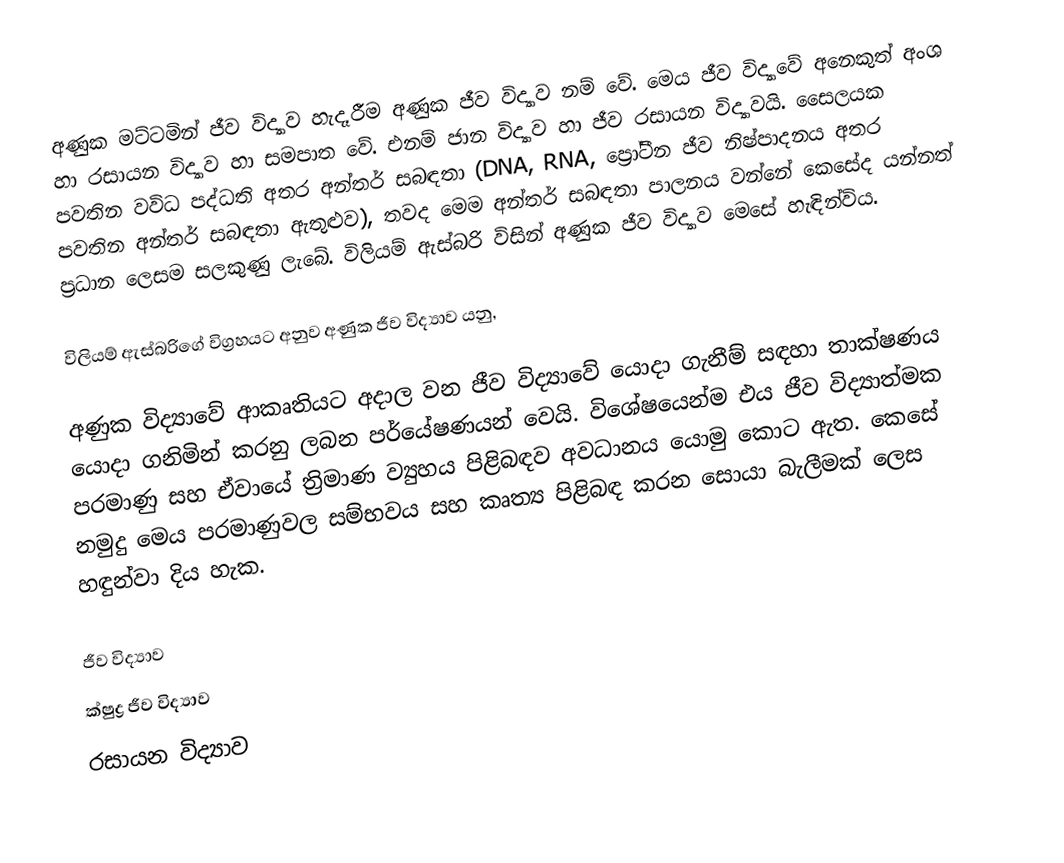
අණුක මට්ටමින් ජීව විද්‍යාව හැදෑරීම අණුක ජීව විද්‍යාව නම් වේ. මෙය ජීව විද්‍යාවේ අනෙකුත් අංශ හා රසායන විද්‍යාව හා සමපාත වේ. එනම් ජාන විද්‍යාව හා ජීව රසායන විද්‍යාවයි. සෛලයක පවතින වවිධ පද්ධති අතර අන්තර් සබඳතා (DNA, RNA, ප්‍රෝටීන ජීව නිෂ්පාදනය අතර පවතින අන්තර් සබඳතා ඇතුළුව), තවද මෙම අන්තර් සබඳතා පාලනය වන්නේ කෙසේද යන්නත් ප්‍රධාන ලෙසම සලකුණු ලැබේ. විලියම් ඇස්බරි විසින් අණුක ජීව විද්‍යාව මෙසේ හැඳින්විය.

විලියම් ඇස්බරිගේ විග්‍රහයට අනුව අණුක ජීව විද්‍යාව යනු,

අණුක විද්‍යාවේ ආකෘතියට අදාල වන ජීව විද්‍යාවේ යොදා ගැනීම් සඳහා තාක්ෂණය යොදා ගනිමින් කරනු ලබන පර්යේෂණයන් වෙයි. විශේෂයෙන්ම එය ජීව විද්‍යාත්මක පරමාණු සහ ඒවායේ ත්‍රිමාණ ව්‍යුහය පිළිබඳව අවධානය යොමු කොට ඇත. කෙසේ නමුදු මෙය පරමාණුවල සම්භවය සහ කෘත්‍ය පිළිබඳ කරන සොයා බැලීමක් ලෙස හඳුන්වා දිය හැක.

ජීව විද්‍යාව
ක්ෂුද්‍ර ජීව විද්‍යාව
රසායන විද්‍යාව